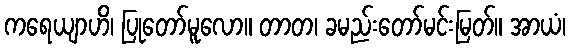
ကရေယျာဟိ၊ ပြုတော်မူလော။ တာတ၊ ခမည်းတော်မင်းမြတ်။ အာယံ၊